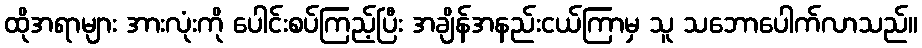
ထိုအရာများ အားလုံးကို ပေါင်းစပ်ကြည့်ပြီး အချိန်အနည်းငယ်ကြာမှ သူ သဘောပေါက်လာသည်။